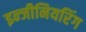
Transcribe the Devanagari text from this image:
इन्‍जीनियरिंग